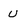
Character: u